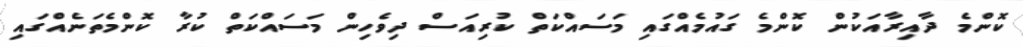
ކޮންމެ ދާއިރާއަކުން ކޮންމެ ގައުމެއްގައި މަސައްކަތް ކުރިއަސް ދިވެހިން މަސައްކަތް ކުރާ ކޮންމެތަނެއްގައި